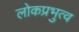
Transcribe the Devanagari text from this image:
लोकप्रभुत्व